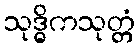
သုဒ္ဓိကသုတ္တံ